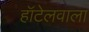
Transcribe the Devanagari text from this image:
हॉटेलवाला